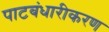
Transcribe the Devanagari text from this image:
पाटबंधारीकरण